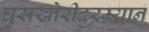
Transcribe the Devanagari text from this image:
घुसखोरीदरम्यान